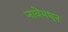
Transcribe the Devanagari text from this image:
नावेमधून